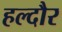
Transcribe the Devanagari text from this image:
हल्दौर